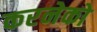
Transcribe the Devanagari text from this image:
करनेको